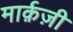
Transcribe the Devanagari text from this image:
मार्क़ज़ी